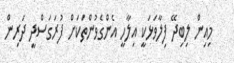
މިއިން ލިބިދޭ ފިލާވަޅަކީ އިލާހީ އެންގެވުންތަކަށް ފުރަގަސްދީ ދަރިން